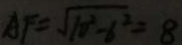
A F = \sqrt { 1 0 ^ { 2 } - 6 ^ { 2 } } = 8